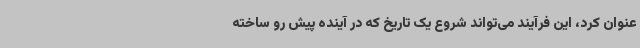
عنوان کرد، این فرآیند می‌تواند شروع یک تاریخ که در آینده پیش رو ساخته